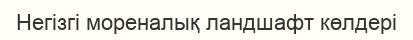
Негізгі мореналық ландшафт көлдері